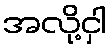
အလို့ငှါ